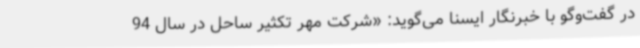
در گفت‌وگو با خبرنگار ایسنا می‌گوید: «شرکت مهر تکثیر ساحل در سال 94